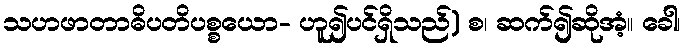
သဟဖာတာဓိပတိပစ္စယော- ဟူ၍ပင်ရှိသည်) စ၊ ဆက်၍ဆိုအံ့။ ခေါ၊